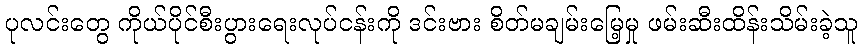
ပုလင်းတွေ ကိုယ်ပိုင်စီးပွားရေးလုပ်ငန်းကို ဒင်းဗား စိတ်မချမ်းမြေ့မှု ဖမ်းဆီးထိန်းသိမ်းခဲ့သူ